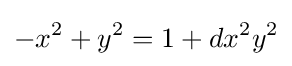
-x^{2}+y^{2}=1+dx^{2}y^{2}